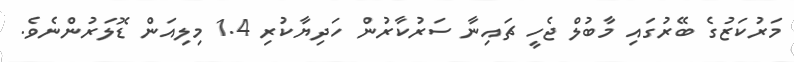
މަރުކަޒުގެ ބޭރުގައި މާބުލް ޖެހީ ޗައިނާ ސަރުކާރުން ހަދިޔާކުރި 1.4 މިލިއަން ޑޮލަރުންނެވެ.